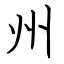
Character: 州